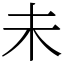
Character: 未